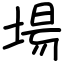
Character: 場